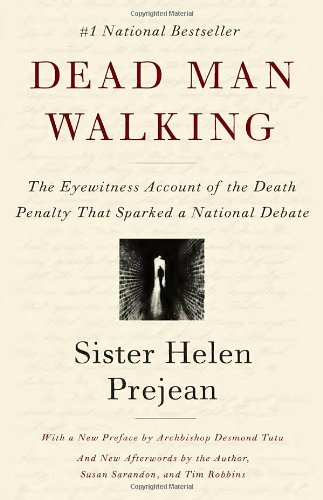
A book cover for Dead Man Walking: The Eyewitness Account Of The Death Penalty That Sparked a National Debate; Helen Prejean; Law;